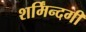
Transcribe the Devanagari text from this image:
शर्मिंन्दगी